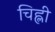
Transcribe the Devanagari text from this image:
चिह्ली